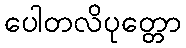
ပေါတလိပုတ္တော